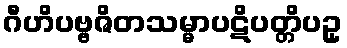
ဂီဟိပဗ္ဗဇိတသမ္မာပဋိပတ္တိပဥှ